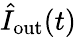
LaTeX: \hat{I}_{\mathrm{out}}(t)